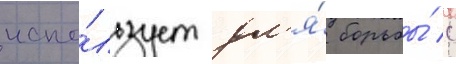
испо́льзует дл'я́ борьбы́ с